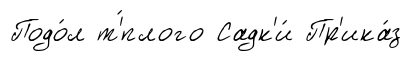
Подо́л т'́плого Садк'и́ Пр'ика́з